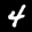
Label: 4